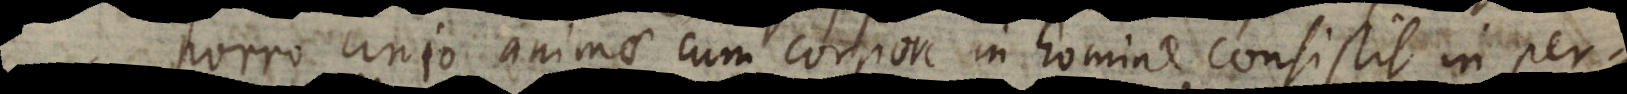
Porro unio animae cum corpore in homine consistit in pe